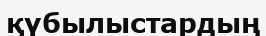
қүбылыстардың